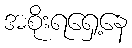
အစိုးရရှေ့နေ